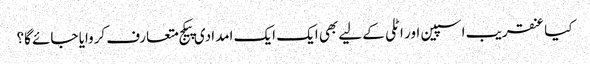
کیا عنقریب اسپین اور اٹلی کے لیے بھی ایک ایک امدادی پیکج متعارف کروایا جائے گا؟